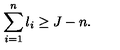
\sum _ { i = 1 } ^ { n } l _ { i } \geq J - n .